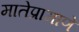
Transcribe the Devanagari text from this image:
मातेप्रामाणे